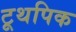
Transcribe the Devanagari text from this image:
टूथपिक